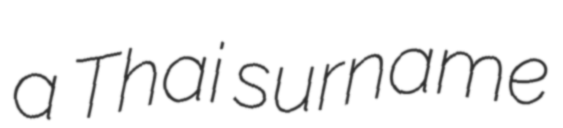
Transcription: a Thai surname